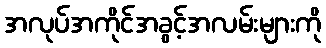
အလုပ်အကိုင်အခွင့်အလမ်းများကို